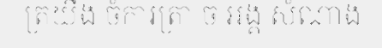
ត្រយឹង ចំការត្រា ច អង្គ សំណាង